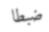
ضبطا